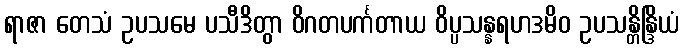
ရာဇာ တေသံ ဥပသမေ ပသီဒိတွာ ဝိဂတပင်္ကတာယ ဝိပ္ပသန္နရဟဒမိဝ ဥပသန္တိန္ဒြိယံ